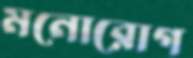
মনোরোগ